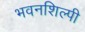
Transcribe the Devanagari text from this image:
भवनशिल्पी